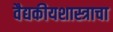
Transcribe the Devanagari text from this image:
वैद्यकीयशास्त्राचा